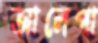
আলেপা